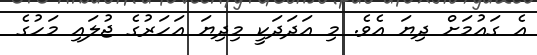
އެ ގައުމަށް ދިޔަ އެވެ. މި އަދަދަކީ މިދިޔަ އަހަރުގެ ޖުލައި މަހުގެ